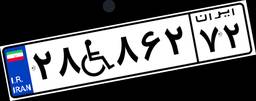
۳۲W۲۷۰۵۴